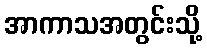
အာကာသအတွင်းသို့